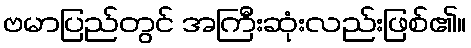
ဗမာပြည်တွင် အကြီးဆုံးလည်းဖြစ်၏။